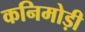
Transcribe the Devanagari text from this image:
कनिमोड़ी